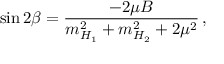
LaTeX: \sin 2 \beta = \frac { - 2 \mu B } { m _ { H _ { 1 } } ^ { 2 } + m _ { H _ { 2 } } ^ { 2 } + 2 \mu ^ { 2 } } \, ,